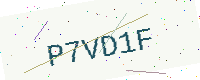
Text: P7VD1F